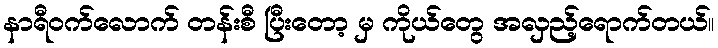
နာရီဝက်လောက် တန်းစီ ပြီးတော့ မှ ကိုယ်တွေ အလှည့်ရောက်တယ်။